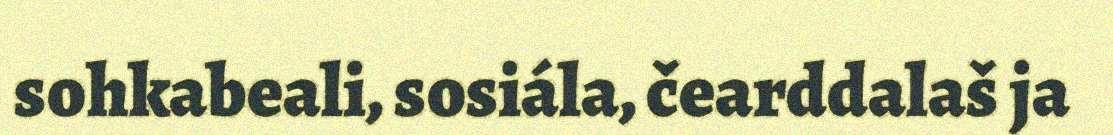
sohkabeali, sosiála, čearddalaš ja